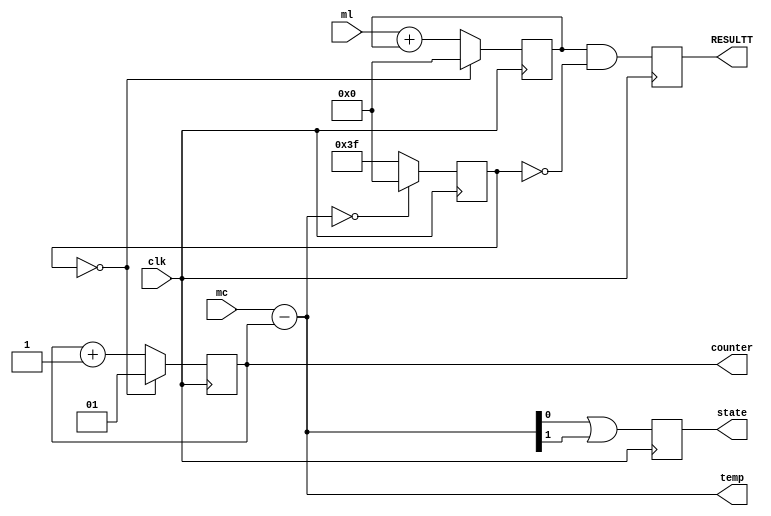
module test(counter,mc,ml,clk,state,temp,RESULTT);
reg [5:0]result;
output reg [5:0]RESULTT;

input [5:0]ml;//multiplier
output reg[1:0]counter;
input [1:0]mc;//multipicand
input clk;
initial begin
	counter=2'b01;//for ease of implementation we prefer to start it from 1 rather than zero
	a<=6'b111111;
	result=6'b000000;
end
output[1:0] temp;
assign temp=mc-counter;//difference betweeen counter and multipicand
wire tmp;
assign tmp=temp[0]|temp[1];/*we create a dummy variable  tmp (one bit) ,to store if the counter reached to multiplier or not ,
instead of using 2 bit*/

reg F;// to store state
output state;
reg[5:0] a;/*
why did we create 'a' as an array? because i will use(it will be ANDed with multiplier which has 6 element in it)
it to check system in operation mode or not if 
system is done with operation mode output will be the result which is RESULTT variable in our case else it will be zero

*/
always @(posedge clk)
begin

		F<=tmp;//if counter arrived to multiplier,changes the state
		if(temp==0)a<=6'b000000;//checks whether the counter reach multipicand or not if it reached reset the reg a
		else a<=6'b111111;//if system is still state-1(operation mode) continue to increase counter and update result
		counter<=(counter+1);
		result<=(ml+result);
		RESULTT<=result&~a;
		if(a==6'b000000)begin//while system is passing to state-0 , set the variable to suitable values.
			result<=6'b000000;
			counter<=2'b01;
		end
end
assign state=F;
endmodule